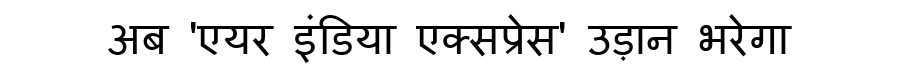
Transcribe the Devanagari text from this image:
अब 'एयर इंडिया एक्सप्रेस' उड़ान भरेगा